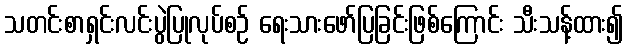
သတင်းစာရှင်းလင်းပွဲပြုလုပ်စဉ် ရေးသားဖော်ပြခြင်းဖြစ်ကြောင်း သီးသန့်ထား၍